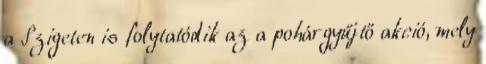
a Szigeten is folytatódik az a pohárgyűjtő akció, mely